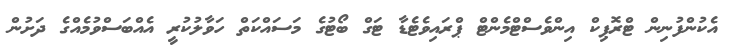
އެކުންފުނިން ޓްރޮޕިކް އިންވެސްޓްމެންޓް ޕްރައިވެޓެޑާ ޓަގް ބޯޓުގެ މަސައްކަތް ހަވާލުކުރީ އެއްބަސްވުމެއްގެ ދަށުން